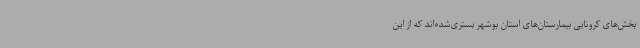
بخش‌های کرونایی بیمارستان‌های استان بوشهر بستری‌شده‌اند که از این